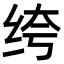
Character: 绔